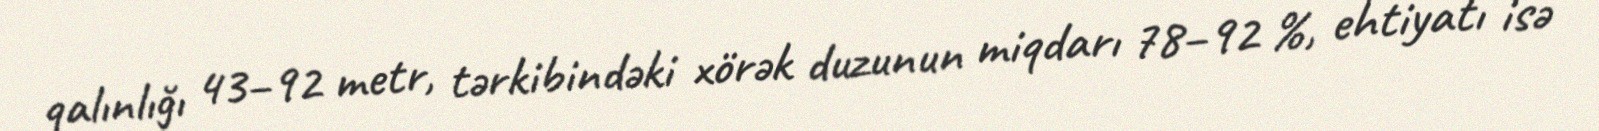
qalınlığı 43–92 metr, tərkibindəki xörək duzunun miqdarı 78–92 %, ehtiyatı isə